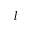
l